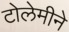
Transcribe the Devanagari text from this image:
टोलेमीने